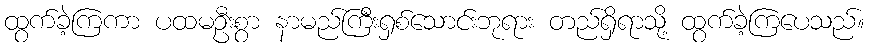
ထွက်ခဲ့ကြကာ ပထမဦးစွာ နာမည်ကြီးရှစ်သောင်းဘုရား တည်ရှိရာသို့ ထွက်ခဲ့ကြပေသည်။